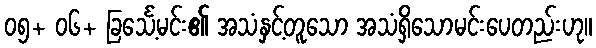
၀၅+ ၀၆+ ခြင်္သေ့မင်း၏ အသံနှင့်တူသော အသံရှိသောမင်းပေတည်းဟု။